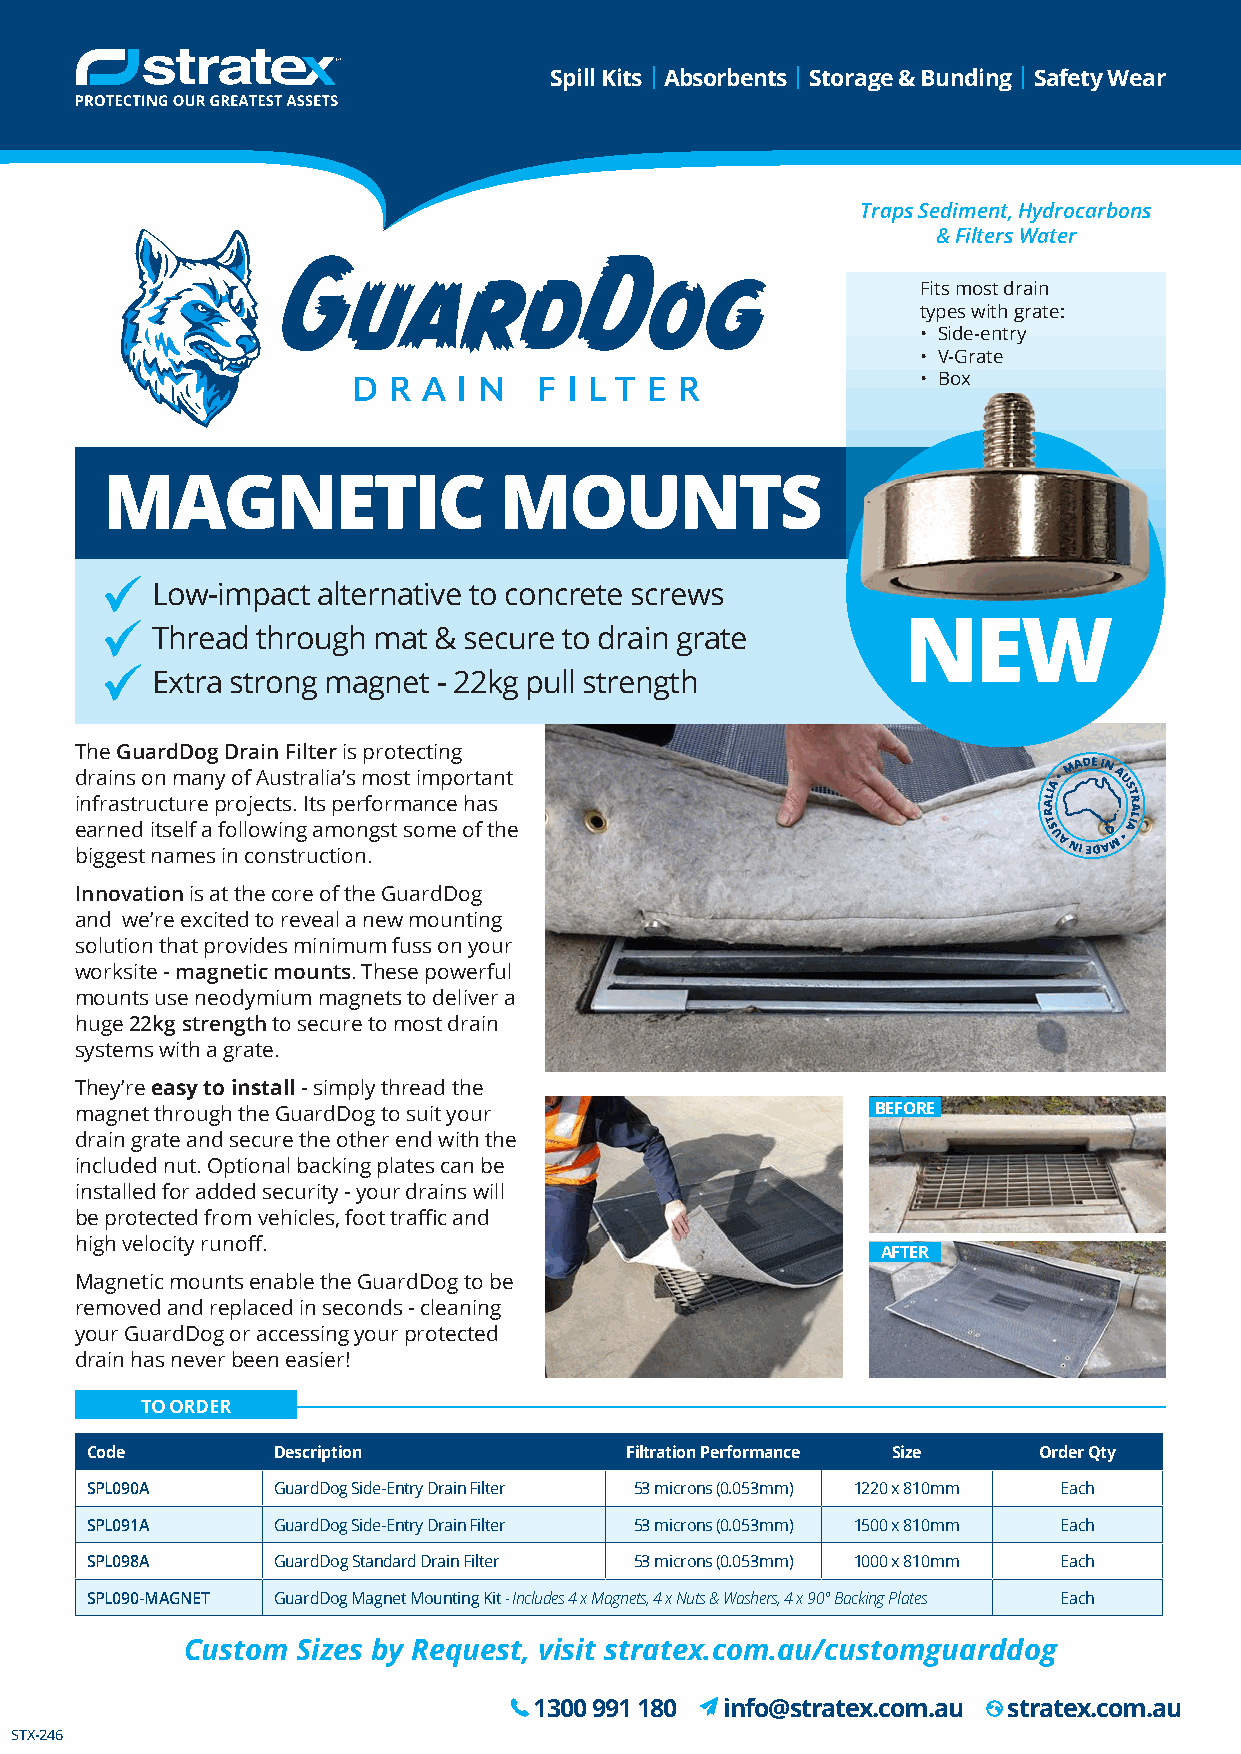
Spill Kits | Absorbents | Storage & Bunding | Safety Wear
 Traps Sediment, Hydrocarbons
 & Filters Water
 Fits most drain
 types with grate:
 • Side-entry
 • V-Grate
 • Box
 MAGNETIC                  MOUNTS
 Low-impact alternative to concrete screws
 NEW
 Thread through mat & secure to drain grate
 Extra strong magnet - 22kg pull strength
 The GuardDog Drain Filter is protecting
 drains on many of Australia’s most important
 infrastructure projects. Its performance has
 earned itself a following amongst some of the
 biggest names in construction.
 Innovation is at the core of the GuardDog
 and we’re excited to reveal a new mounting
 solution that provides minimum fuss on your
 worksite - magnetic mounts. These powerful
 mounts use neodymium magnets to deliver a
 huge 22kg strength to secure to most drain
 systems with a grate.
 They’re easy to install - simply thread the
 magnet through the GuardDog to suit your             BEFORE
 drain grate and secure the other end with the
 included nut. Optional backing plates can be
 installed for added security - your drains will
 be protected from vehicles, foot traffic and
 high velocity runoff.
 AFTER
 Magnetic mounts enable the GuardDog to be
 removed and replaced in seconds - cleaning
 your GuardDog or accessing your protected
 drain has never been easier!
 TO ORDER
 Code        Description            Filtration Performance Size Order Qty
 SPL090A     GuardDog Side-Entry Drain Filter 53 microns (0.053mm) 1220 x 810mm Each
 SPL091A     GuardDog Side-Entry Drain Filter 53 microns (0.053mm) 1500 x 810mm Each
 SPL098A     GuardDog Standard Drain Filter 53 microns (0.053mm) 1000 x 810mm Each
 SPL090-MAGNET GuardDog Magnet Mounting Kit - Includes 4 x Magnets, 4 x Nuts & Washers, 4 x 90° Backing Plates Each
 Custom  Sizes by Request, visit stratex.com.au/customguarddog
 1300 991 180 info@stratex.com.au stratex.com.au
 STX-246